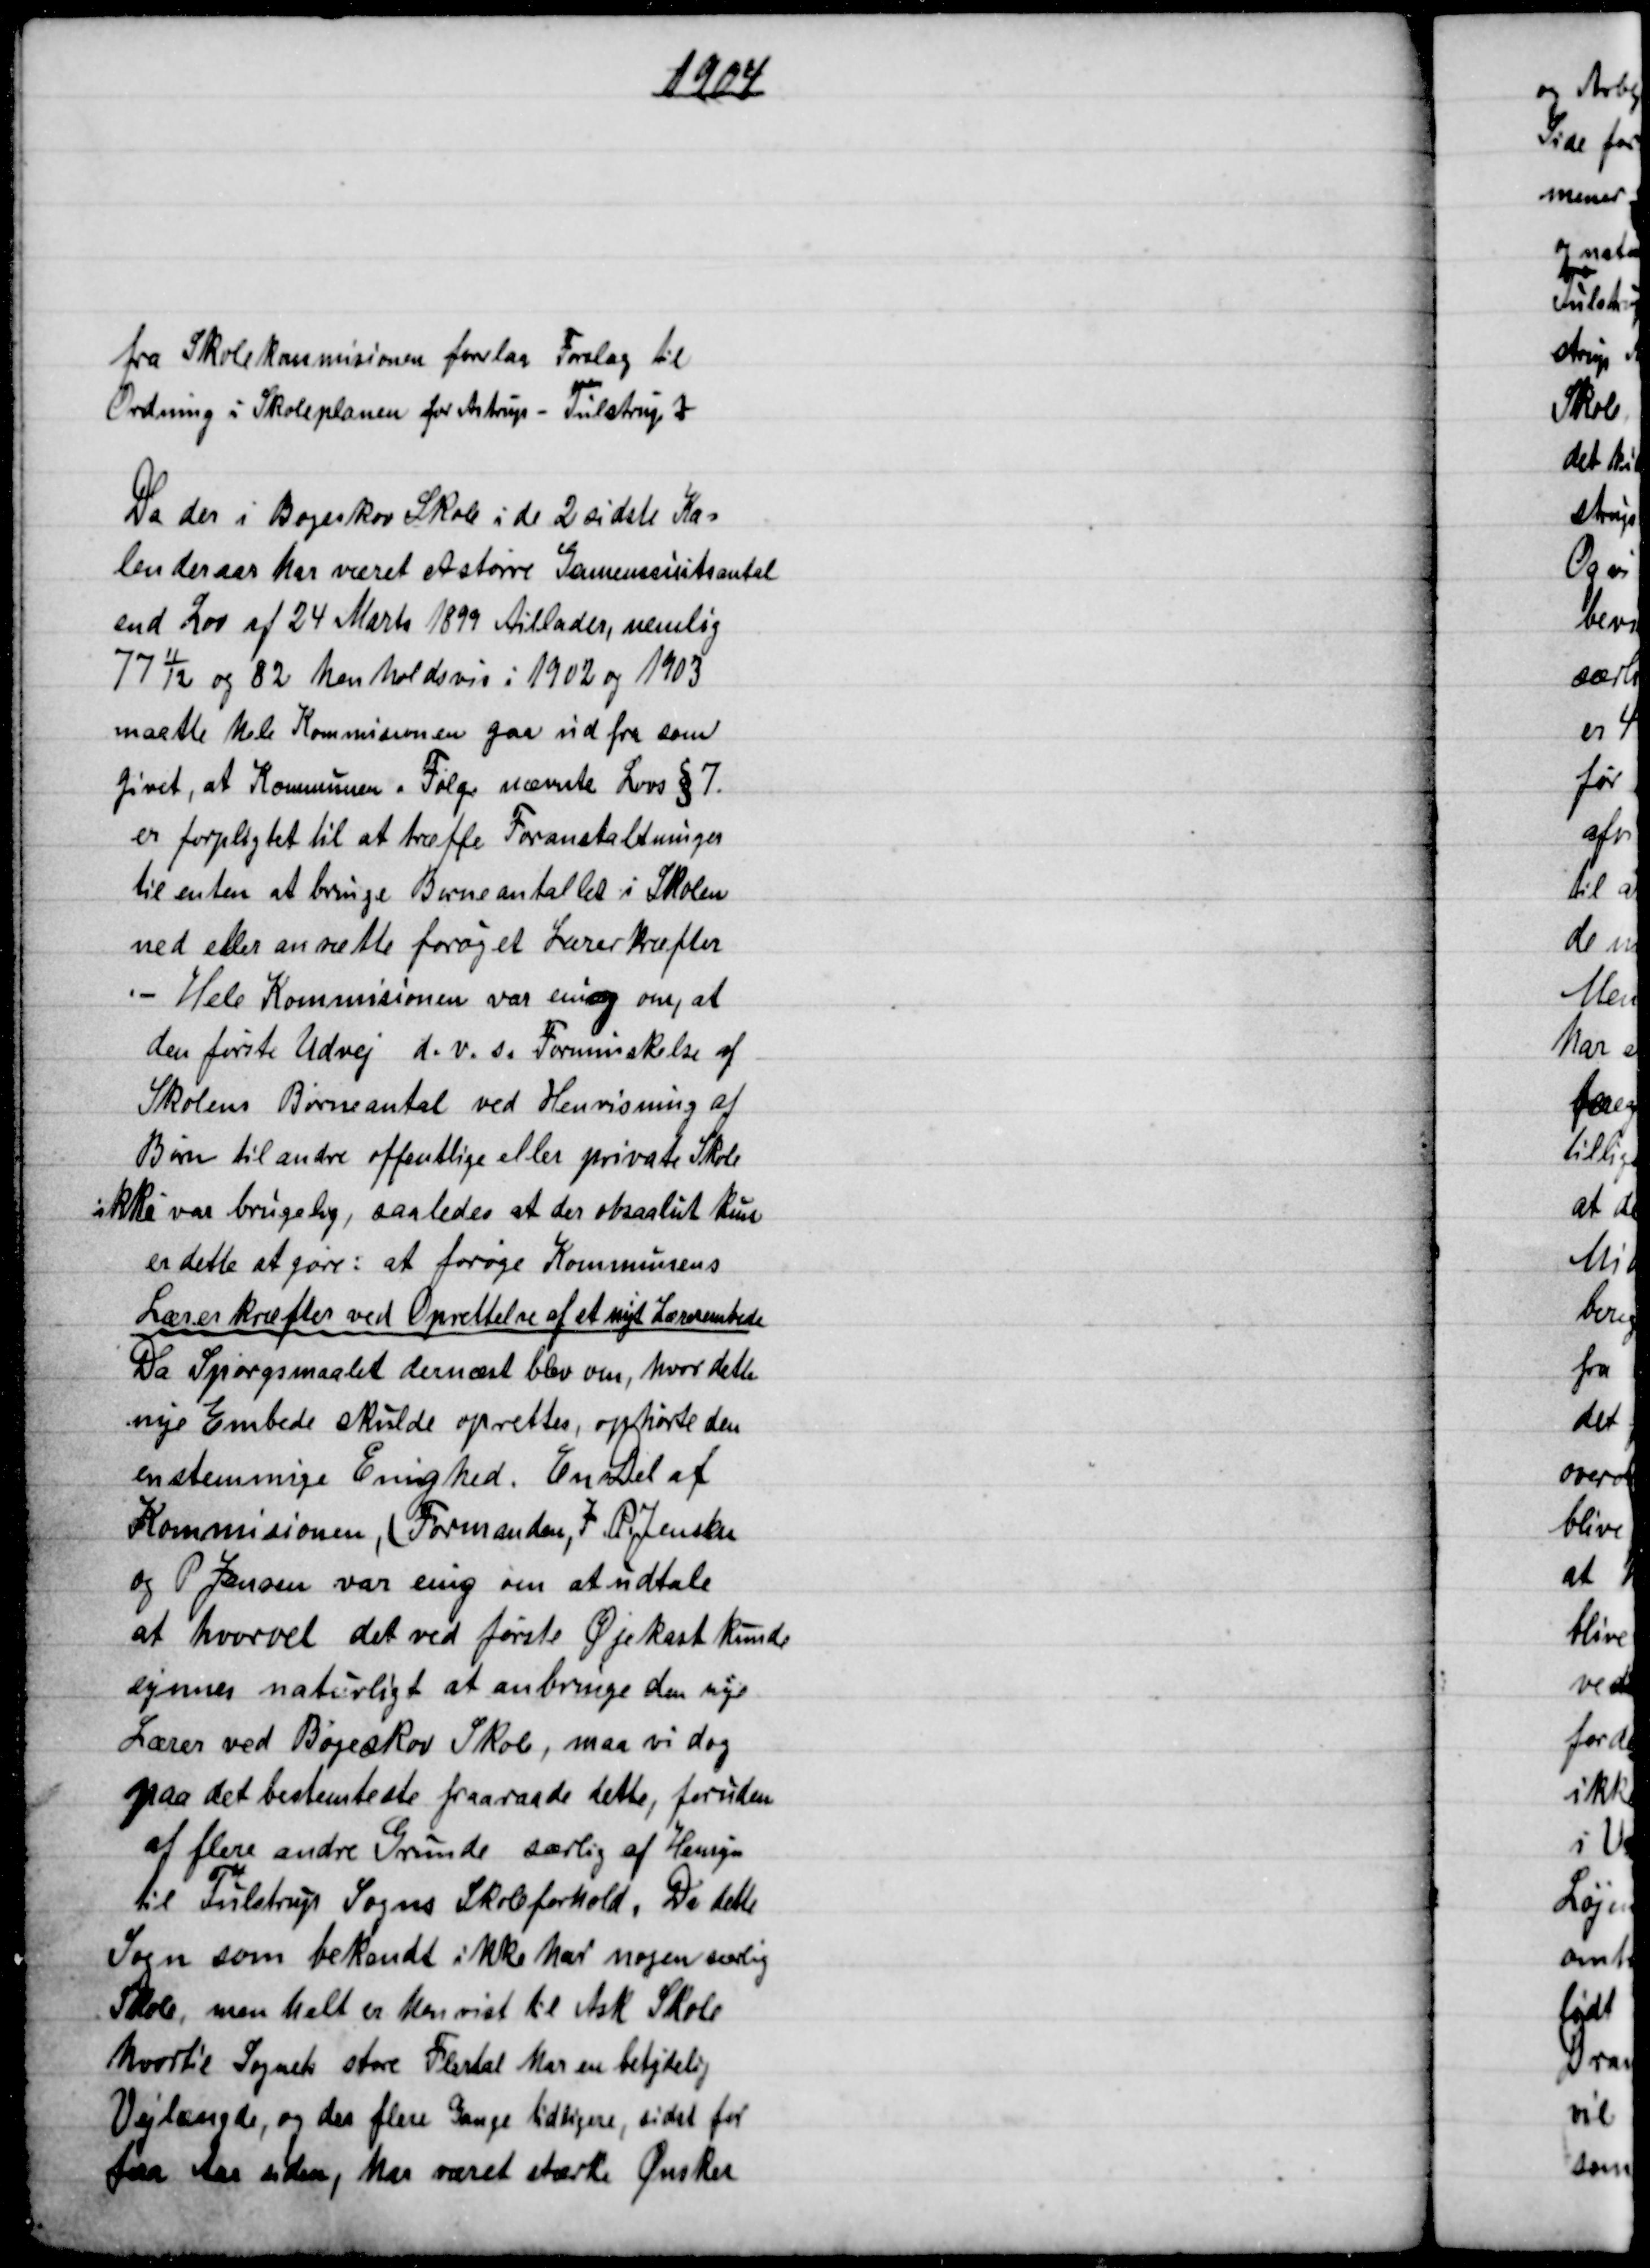
Transskription:
1904
fra Skolekommisionen forelaa Forslag til
Ordning i Skoleplanen for Astrup - Tulstrup 
Da der i Bøgeskov Skole i de 2 sidste Ka=
lenderaar har været et større Gennemsnitsantal
end Lov af 24 Marts 1899 tillader, nemlig
77 11/12 og 82 henholdsvis i 1902 og 1903
maatte hele Kommisionen gaa ud fra som
givet, at Kommunen i Følge nævnte Lovs § 7.
er forpligtet til at træffe Foranstaltninger
til enten at bringe Børneantallet i Skolen
ned eller ansætte forøget Lærerkræfter
Hele Kommisionen var enig om, at
den første Udvej d. v. s. Forminskelse af
Skolens Børneantal ved Henvisning af
Børn til andre offentlige eller private Skole
ikke var brugelig, saaledes at der obsaalut kuns
er dette at gøre: at forøge Kommunens
Lærerkræfter ved Oprettelse af et nyt Lærerembede
Da Spørgsmaalet dernæst blev om, hvor dette
nye Embede skulde oprettes, ophørte den
enstemmige Enighed. En Del af
Kommisionen (Formanden, J. P. Jensen
og P. Jensen var enig om at udtale
at hvorvel det ved første Øjekast kunde
synnes naturligt at anbringe den nye
Lærer ved Bøgeskov Skole, maa vi dog
paa det bestemteste fraraade dette, foruden
af flere andre Grunde særlig af Hensyn
til Tulstrup Sogns Skoleforhold. Da dette
Sogn som bekendt ikke har nogen særlig
Skole, men helt er henvist til Ask Skole
hvortil Sognets store Flertal har en betydelig
Vejlængde, og der flere Gange tidligere, sidst for
faa Aar siden, har været stærke Ønsker